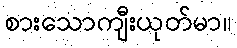
စားသောကျီးယုတ်မာ။